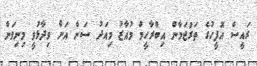
ރައީސް އޮފީހުގެ ތަރުޖަމާން އިބްރާހީމް މުއާޒު މިއަދު ސަން އަށް ވިދާޅުވީ މިނިވަން